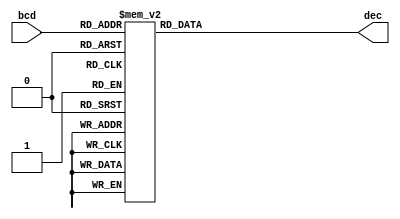
// ------------------------ Seven Segments decoder --------------------------- //
module sevenSegments (bcd,dec);
// -------------------------- Inputs Declarations ---------------------------- //
input [3:0]bcd;
// ------------------------- Outputs Declarations ---------------------------- //
output reg [6:0] dec;
always@(bcd)
		begin 
			case(bcd)

				4'b0000 : dec = ~7'b1111110 ; // 0
				4'b0001 : dec = ~7'b0110000 ; // 1
				4'b0010 : dec = ~7'b1101101 ; // 2
				4'b0011 : dec = ~7'b1111001 ; // 3
				4'b0100 : dec = ~7'b0110011 ; // 4
				4'b0101 : dec = ~7'b1011011 ; // 5
				4'b0110 : dec = ~7'b1011111 ; // 6
				4'b0111 : dec = ~7'b1110000 ; // 7
				4'b1000 : dec = ~7'b1111111 ; // 8
				4'b1001 : dec = ~7'b1111011 ; // 9


			default : dec = ~7'b1111110 ; //0 default  
			endcase 
		end

		
endmodule
// ----------------------------- End of File --------------------------------- //
// --------------------------------------------------------------------------- //
module sevenSegments_DUT();
  reg [3:0]bcd;
  wire [6:0] dec;
  initial
  begin
    bcd <=0;#100;
    bcd <=1;#100;
    bcd <=2;#100;
    bcd <=3;#100;
    bcd <=4;#100;
    bcd <=5;#100;
    bcd <=6;#100;
    bcd <=7;#100;
    bcd <=8;#100;
    bcd <=9;#100;

  end
  
  sevenSegments ss(bcd,dec);
endmodule